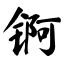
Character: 锕